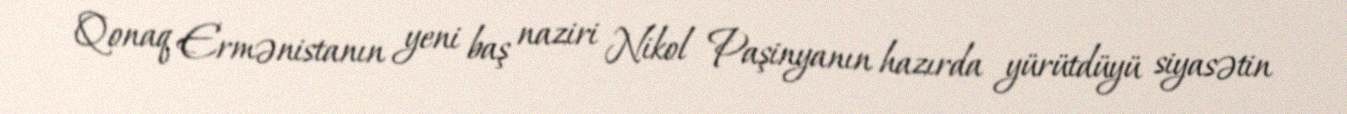
Qonaq Ermənistanın yeni baş naziri Nikol Paşinyanın hazırda yürütdüyü siyasətin